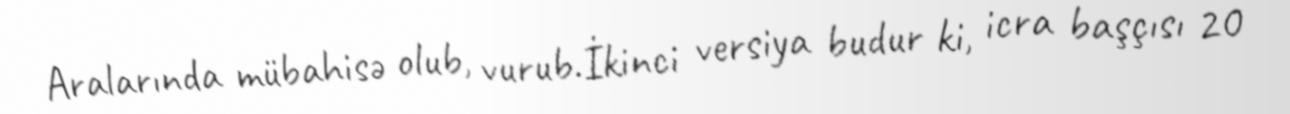
Aralarında mübahisə olub, vurub.İkinci versiya budur ki, icra başçısı 20